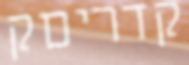
קדריםק